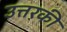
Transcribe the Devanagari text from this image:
उत्तरकी